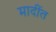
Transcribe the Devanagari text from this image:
मादींत